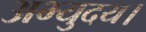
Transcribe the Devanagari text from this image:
अभ्युदय।